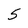
Character: 5